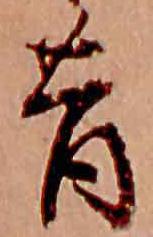
昔